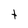
Character: t